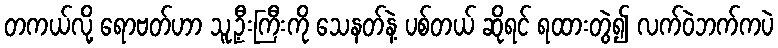
တကယ်လို့ ရောဗတ်ဟာ သူ့ဦးကြီးကို သေနတ်နဲ့ ပစ်တယ် ဆိုရင် ရထားတွဲ၍ လက်ဝဲဘက်ကပဲ